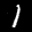
Label: 1